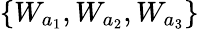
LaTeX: \{ W_{a_{1}},W_{a_{2}},W_{a_{3}}\}